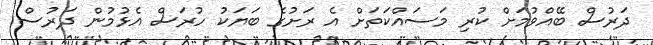
ދަރުސް ބޭއްވުމަށް ކުރި މަސައްކަތަށް އެ ރަށުގެ ބަޔަކު ހުރަސް އެޅުމުން ދަރުސް